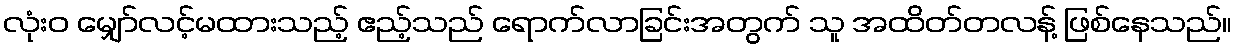
လုံးဝ မျှော်လင့်မထားသည့် ဧည့်သည် ရောက်လာခြင်းအတွက် သူ အထိတ်တလန့် ဖြစ်နေသည်။